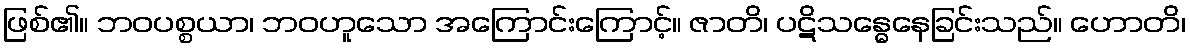
ဖြစ်၏။ ဘဝပစ္စယာ၊ ဘဝဟူသော အကြောင်းကြောင့်။ ဇာတိ၊ ပဋိသန္ဓေနေခြင်းသည်။ ဟောတိ၊